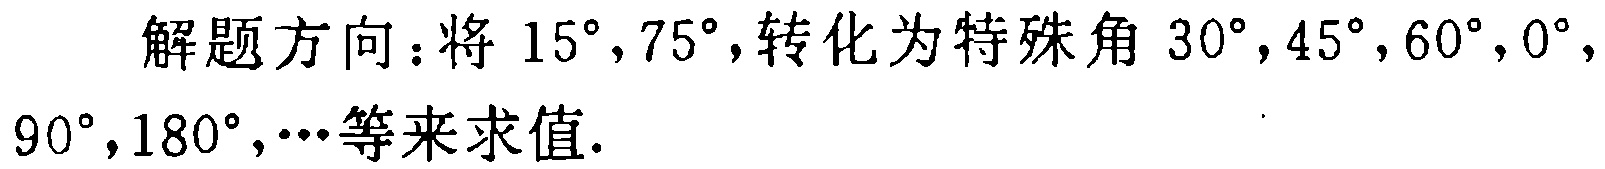
解题方向：将 \(15^{\circ},75^{\circ}\)，转化为特殊角 \(30^{\circ},45^{\circ},60^{\circ},0^{\circ},90^{\circ},180^{\circ},\cdots\) 等来求值.